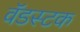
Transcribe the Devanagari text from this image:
वॅडस्टक